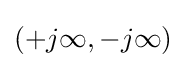
(+j\infty ,-j\infty )